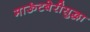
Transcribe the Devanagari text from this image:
माऊंटबेरीसुद्धा